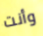
وأنت